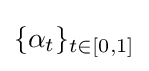
\{\alpha _{t}\}_{t\in [0,1]}